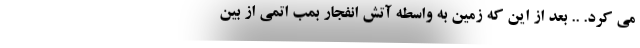
می کرد. .. بعد از این که زمین به واسطه آتش انفجار بمب اتمی از بین